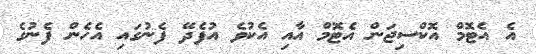
އެ އެޓޮމް އޮކްސިޖަން އެޓޮމް އާއި އެކުވެ އުފެދޭ ފެނުގައި އެހެން ފެނުގެ